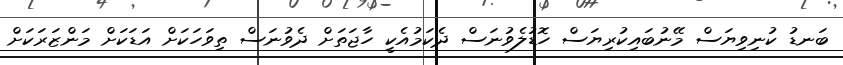
ބަނޑު ކުނިވިޔަސް މޭނުބައިކުރިޔަސް ހޮޑުލެވުނަސް ދެކަމުއެކީ ހާޖަތަށް ދެވުނަސް ތިވަހަކަށް އަޑަކަށް މަންޒަރަކަށް